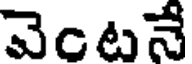
వెంటనే